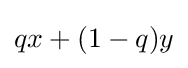
qx+(1-q)y